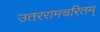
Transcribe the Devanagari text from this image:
उतररामचरितम्‌